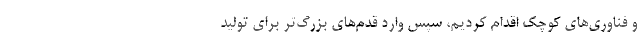
و فناوری‌های کوچک اقدام کردیم، سپس وارد قدم‌های بزرگ‌تر برای تولید